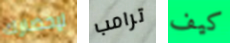
لإحضارك ترامب كيف